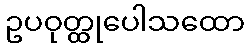
ဥပဝုတ္ထုပေါသထော